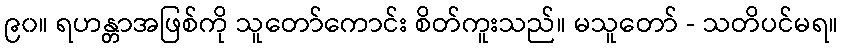
၉၀။ ရဟန္တာအဖြစ်ကို သူတော်ကောင်း စိတ်ကူးသည်။ မသူတော် - သတိပင်မရ။